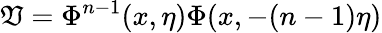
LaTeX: \mathfrak{V}=\Phi^{n-1}(x,\eta)\Phi(x,-(n-1)\eta)